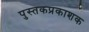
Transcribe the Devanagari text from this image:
पुस्तकप्रकाशक